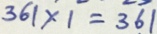
3 6 1 \times 1 = 3 6 1